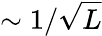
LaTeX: \sim 1/\sqrt{L}